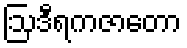
ဩဒီရကဇာတော